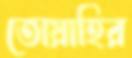
তোয়াহির